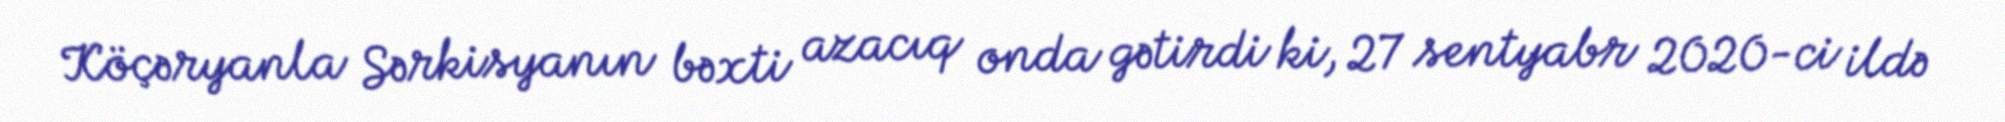
Köçəryanla Sərkisyanın bəxti azacıq onda gətirdi ki, 27 sentyabr 2020-ci ildə